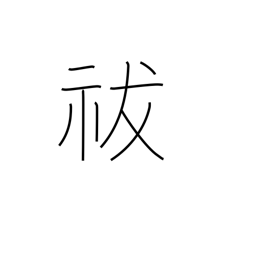
Meaning: exorcise